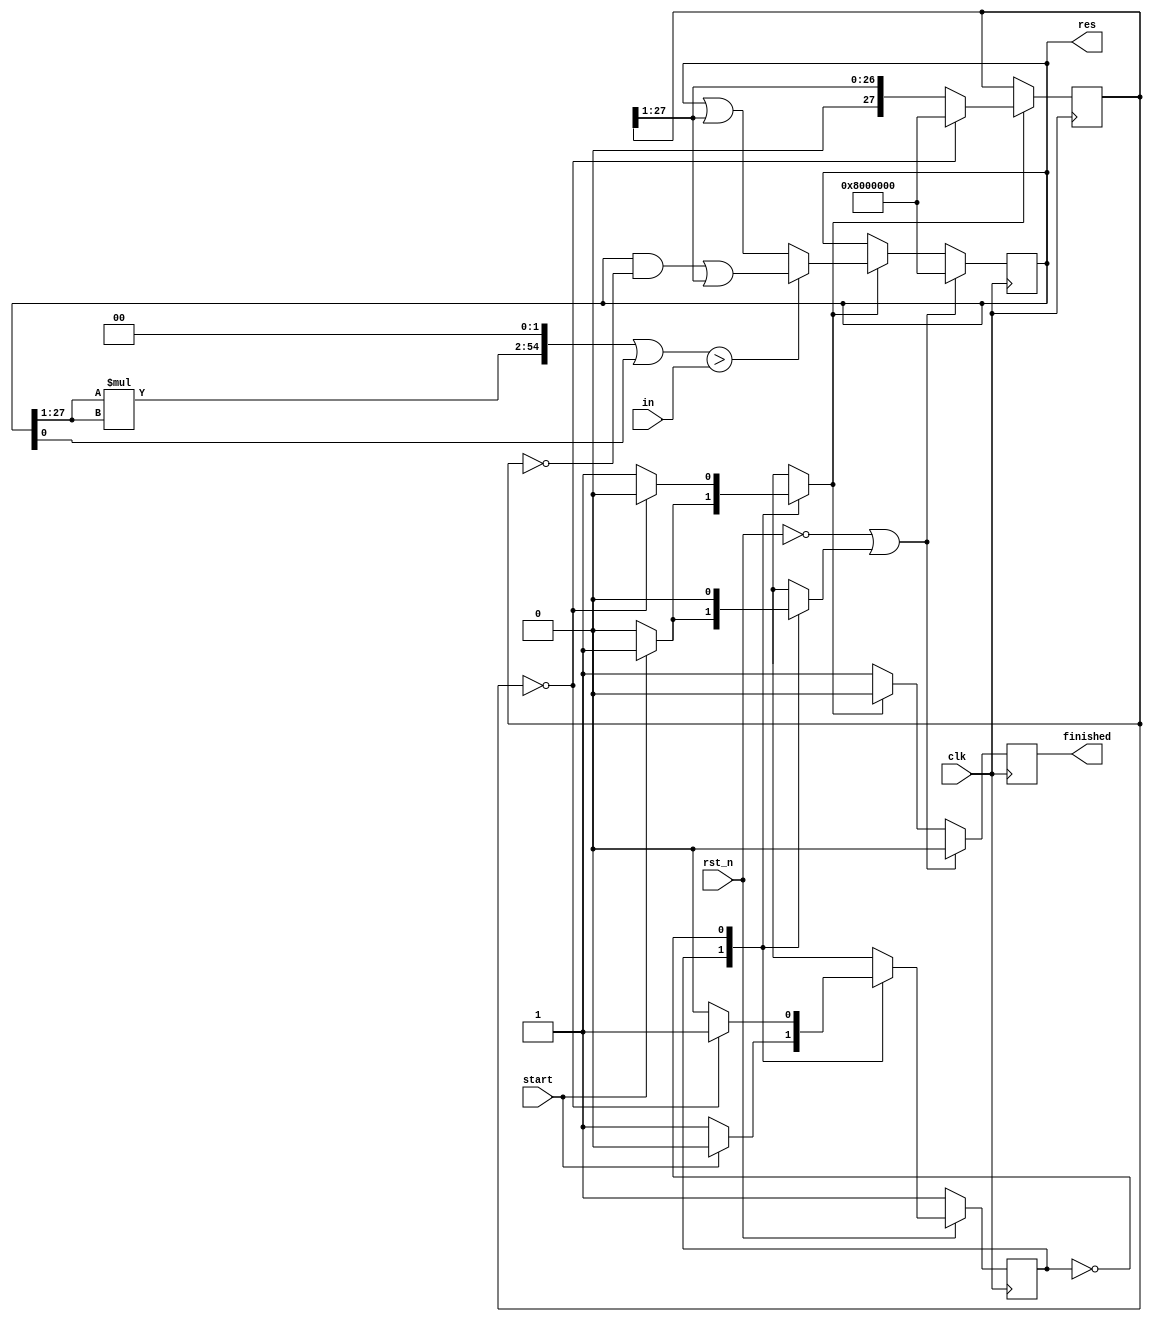
// Compute the floor of the square root
// of a given 55 bit number
module sqrt(
    input clk,
    input rst_n,
    input [54:0] in,
    input start,
    output reg finished = 1'b0,
    output reg [27:0] res = 28'h800_0000
);

// One-hot encoding of bit being inspected
reg [27:0] curr_bit = 28'h000_0000;

// State markers for sqrt process code
reg prod_sig, clr_sig;

// FSM states
localparam PROD = 1'b0;
localparam IDLE = 1'b1;

reg state = IDLE;
reg nxt_state = IDLE;

// Keep track of tentative product
wire [54:0] curr_prod;
// TODO: Interesting... the FPGA has
// 27 x 27 multipliers but not
// 28 x 28 so for now we will truncate
// the lowest bit and lose a bit of
// precision, later we can test the full
// 28 x 28 multiplier.
assign curr_prod = ((res[27:1] * res[27:1]) << 2) | {{27{1'b0}}, res[0]};

always @(posedge clk) begin
    if (~rst_n | clr_sig) begin
        res <= 28'h800_0000;
        finished <= 1'b0;
    end else if (prod_sig) begin
        finished <= 1'b0;
        // If the product is too large
        // then the bit was set incorrectly
        // so clear it
        if (curr_prod > in)
            res <= res & (~curr_bit) | (curr_bit >> 1); 
        // Otherwise set the next lower bit
        // to give the multiplier time
        // to find the product
        else
            res <= res | (curr_bit >> 1);
    end else begin
        finished <= 1'b1;
    end
end

// Convert the current count to one-hot
always @(posedge clk) begin
    if (prod_sig) begin
        case (curr_bit)
            28'h000_0000 : curr_bit <= 28'h800_0000;
            default : curr_bit <= curr_bit >> 1;
        endcase
    end
end

// Multiplication state machine
always @(posedge clk) begin
    if (~rst_n)
        state <= IDLE;
    else
        state <= nxt_state;
end

// FSM implementation
always @(*) begin
    prod_sig = 1'b0;
    clr_sig = 1'b0;
    nxt_state = IDLE;
    
    case (state)
        // Wait until told to start
        IDLE : begin
            if (start) begin
                prod_sig = 1'b1;
                clr_sig = 1'b1;
                nxt_state = PROD;
            end else begin
                nxt_state = IDLE;
            end
        end
        // Entire number has been found
        PROD : begin
            if (curr_bit == 28'h000_0000) begin
                nxt_state = IDLE;
            end else begin
                prod_sig = 1'b1;
                nxt_state = PROD;
            end
        end
    endcase
end

endmodule